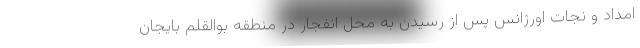
امداد و نجات اورژانس پس از رسیدن به محل انفجار در منطقه بوالقلم بایجان